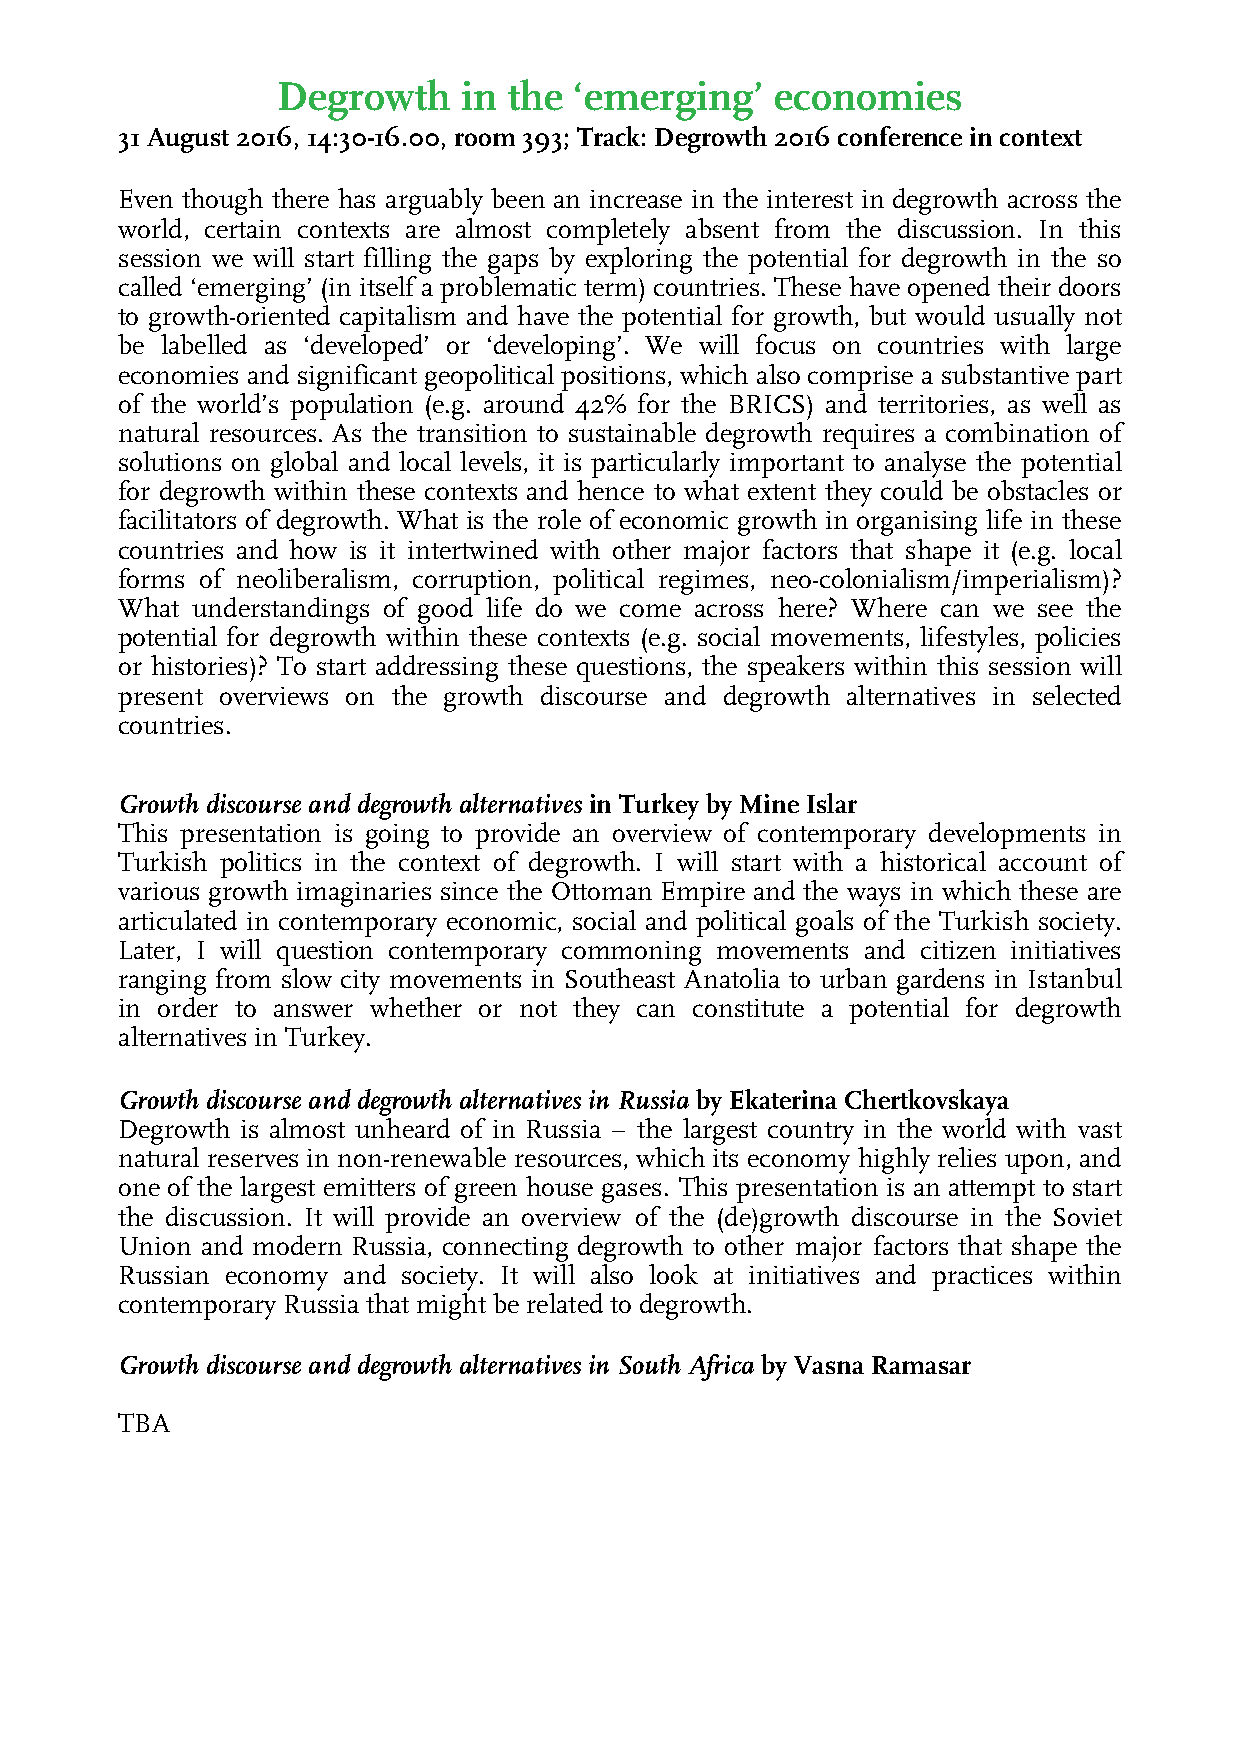
Degrowth     in the ‘emerging’   economies
 31 August 2016, 14:30-16.00, room 393; Track: Degrowth 2016 conference in context
 Even though there has arguably been an increase in the interest in degrowth across the
 world, certain contexts are almost completely absent from the discussion. In this
 session we will start filling the gaps by exploring the potential for degrowth in the so
 called ‘emerging’ (in itself a problematic term) countries. These have opened their doors
 to growth-oriented capitalism and have the potential for growth, but would usually not
 be labelled as ‘developed’ or ‘developing’. We will focus on countries with large
 economies and significant geopolitical positions, which also comprise a substantive part
 of the world’s population (e.g. around 42% for the BRICS) and territories, as well as
 natural resources. As the transition to sustainable degrowth requires a combination of
 solutions on global and local levels, it is particularly important to analyse the potential
 for degrowth within these contexts and hence to what extent they could be obstacles or
 facilitators of degrowth. What is the role of economic growth in organising life in these
 countries and how is it intertwined with other major factors that shape it (e.g. local
 forms of neoliberalism, corruption, political regimes, neo-colonialism/imperialism)?
 What understandings of good life do we come across here? Where can we see the
 potential for degrowth within these contexts (e.g. social movements, lifestyles, policies
 or histories)? To start addressing these questions, the speakers within this session will
 present overviews on the growth discourse and degrowth alternatives in selected
 countries.
 Growth discourse and degrowth alternatives in Turkey by Mine Islar
 This presentation is going to provide an overview of contemporary developments in
 Turkish politics in the context of degrowth. I will start with a historical account of
 various growth imaginaries since the Ottoman Empire and the ways in which these are
 articulated in contemporary economic, social and political goals of the Turkish society.
 Later, I will question contemporary commoning movements and citizen initiatives
 ranging from slow city movements in Southeast Anatolia to urban gardens in Istanbul
 in order to answer whether or not they can constitute a potential for degrowth
 alternatives in Turkey.
 Growth discourse and degrowth alternatives in Russia by Ekaterina Chertkovskaya
 Degrowth is almost unheard of in Russia – the largest country in the world with vast
 natural reserves in non-renewable resources, which its economy highly relies upon, and
 one of the largest emitters of green house gases. This presentation is an attempt to start
 the discussion. It will provide an overview of the (de)growth discourse in the Soviet
 Union and modern Russia, connecting degrowth to other major factors that shape the
 Russian economy and society. It will also look at initiatives and practices within
 contemporary Russia that might be related to degrowth.
 Growth discourse and degrowth alternatives in South Africa by Vasna Ramasar
 TBA